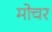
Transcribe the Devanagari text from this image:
मोचर